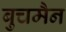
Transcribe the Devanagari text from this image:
बुचमैन